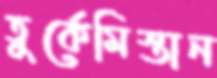
তুর্কেমিস্তান